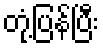
တုံ့ပြန်ပြီး